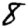
Digit: 8